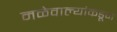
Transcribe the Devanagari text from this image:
मळेवाल्यांकडून